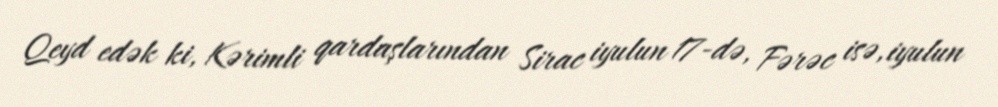
Qeyd edək ki, Kərimli qardaşlarından Sirac iyulun 17-də, Fərəc isə, iyulun